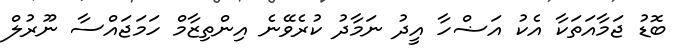
ބޮޑު ޖަމާއަތަކާ އެކު އަޟްހާ އީދު ނަމާދު ކުރެވޭނެ އިންތިޒާމް ހަމަޖައްސާ ނޫރުލް